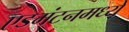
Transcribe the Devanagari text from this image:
एडमंटनमध्ये